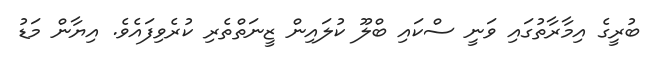
ބުރީގެ އިމާރާތުގައި ވަނީ ސްކައި ބްލޫ ކުލައިން ޒީނަތްތެރި ކުރެވިފައެވެ. އިޔާން މަޑު